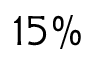
1 5 \%